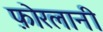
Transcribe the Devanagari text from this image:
फ़ोरलानी